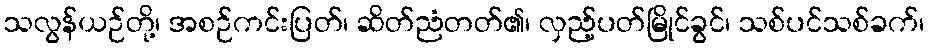
သလွန်ယဉ်တို့၊ အစဉ်ကင်းပြတ်၊ ဆိတ်ညံတတ်၏၊ လှည့်ပတ်မြိုင်ခွင်၊ သစ်ပင်သစ်ခက်၊